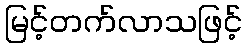
မြင့်တက်လာသဖြင့်